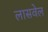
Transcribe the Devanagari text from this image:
लासवेल